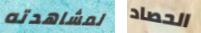
لمشاهدته الحصاد